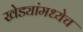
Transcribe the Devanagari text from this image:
खेड्यांमध्येच